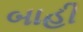
બાહી